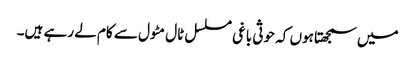
میں سمجھتا ہوں کہ حوثی باغی مسلسل ٹال مٹول سے کام لے رہے ہیں۔